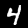
Digit: 4